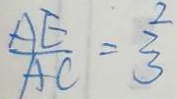
A E = \frac { 2 } { 3 }